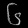
Digit: ၆